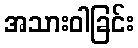
အသားဝါခြင်း